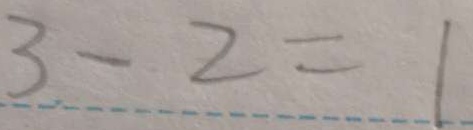
3 - 2 = 1